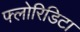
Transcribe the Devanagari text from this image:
फ्लोरिडिटा